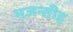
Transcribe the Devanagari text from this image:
भजन्तीह